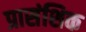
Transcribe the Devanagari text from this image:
प्रासंशिक